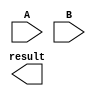
module dadda_multiplier (
    input [15:0] A,
    input [15:0] B,
    output reg [31:0] result
);

reg [31:0] partial_products [15:0];
reg [31:0] sum_tree [15:0];

// Generate partial products
generate
    genvar i;
    for (i = 0; i < 16; i = i + 1) begin : gen_partial_product
        assign partial_products[i] = A * (B[i]);
    end
endgenerate

// Add partial products together in a hierarchical manner
generate
    genvar j;
    for (j = 0; j < 16; j = j + 1) begin : gen_sum_tree
        assign sum_tree[j] = partial_products[j] + partial_products[j+1];
    end
endgenerate

assign result = sum_tree[15];

endmodule